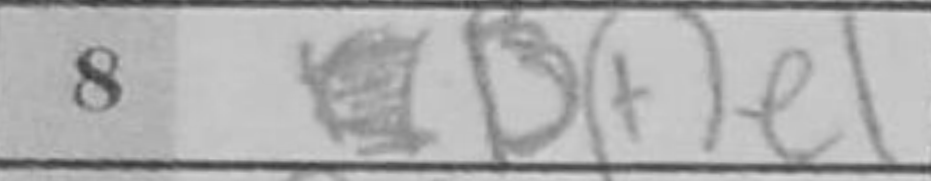
Transcription: Bfe1